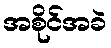
အစိုင်အခဲ